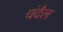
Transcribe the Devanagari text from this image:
चंदैल